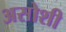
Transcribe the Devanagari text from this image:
असोशी